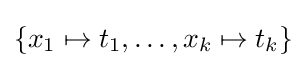
\{x_{1}\mapsto t_{1},\ldots ,x_{k}\mapsto t_{k}\}